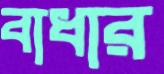
বাধার